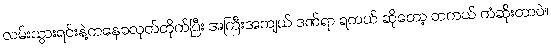
လမ်းသွားရင်းနဲ့ကနေခလုတ်တိုက်ပြီး အကြီးအကျယ် ဒဏ်ရာ ရတယ် ဆိုတော့ တကယ် ကံဆိုးတာပဲ။